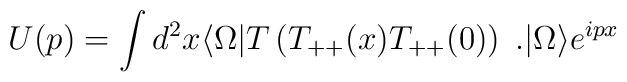
U(p)=\int d^{2}x \langle \Omega |T\left(T_{++}(x)T_{++}(0)\right)\;.|\Omega\rangle e^{ipx}